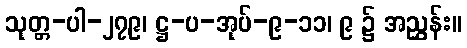
သုတ္တ-ပါ-၂၇၉၊ ဋ္ဌ-ပ-အုပ်-၉-၁၁၊ ၉ ၌ အညွှန်း။